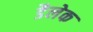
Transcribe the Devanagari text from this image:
डैलेक